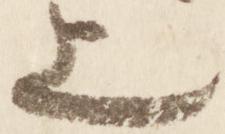
上